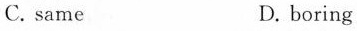
C. same D. boring